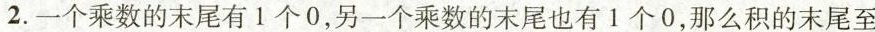
2.一个乘数的末尾有1个0，另一个乘数的末尾也有1个0，那么积的末尾至